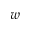
w